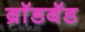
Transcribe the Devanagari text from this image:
ब्राॅडबॅड